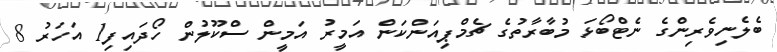
ބެލެނިވެރިންގެ ނެޓްބޯޅަ މުބާރާތުގެ ޗެމްޕިއަންކަން އަމީރު އަމީން ސްކޫލުން ހޯދައިފި1 އަހަރު 8